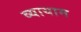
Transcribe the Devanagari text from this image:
व्‍यायाम